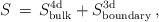
LaTeX: \begin{align*}S \, = \, S^{\rm 4d}_{\rm bulk}+ S^{\rm 3d}_{\rm boundary} \, ,\end{align*}